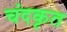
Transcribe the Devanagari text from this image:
चंदकृत